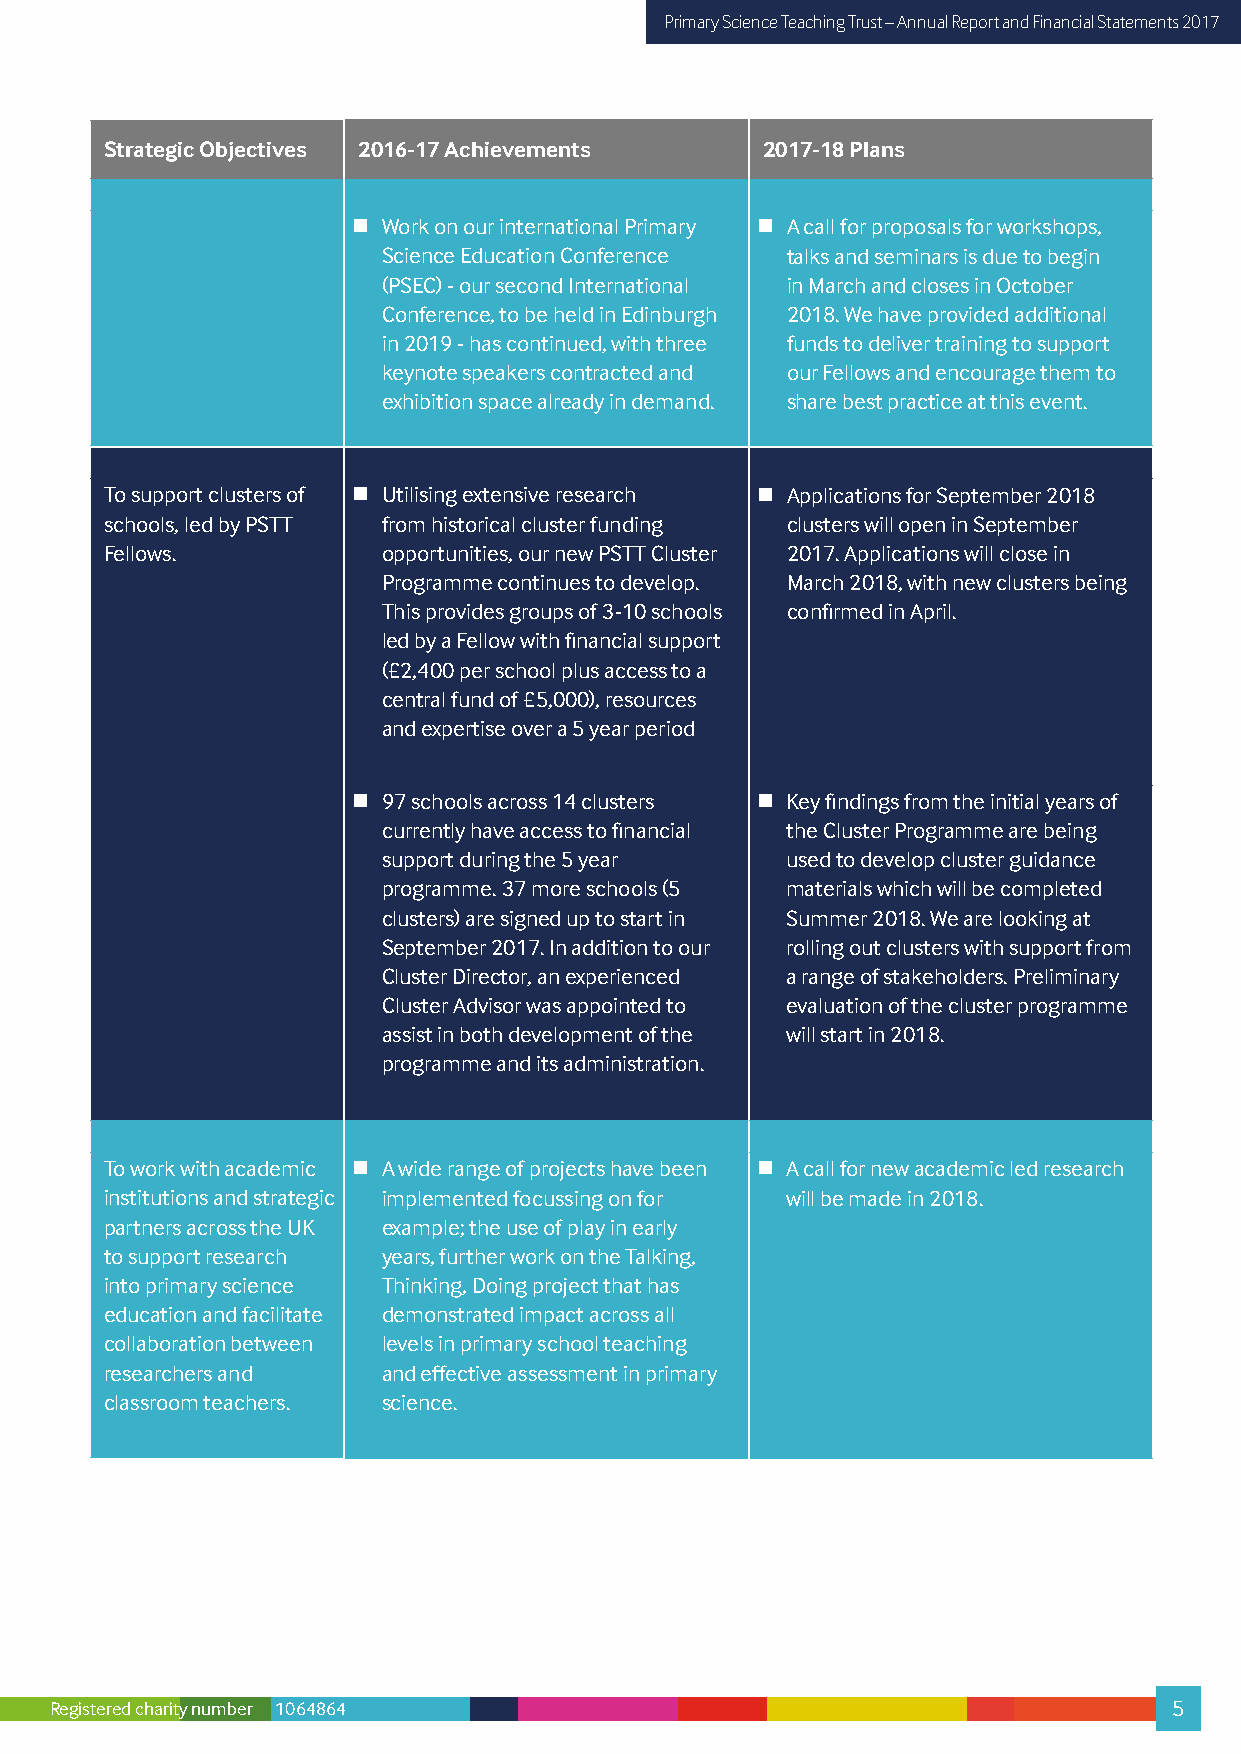
Primary Science Teaching Trust – Annual Report and Financial Statements 2017
 Strategic Objectives 2016-17 Achievements  2017-18 Plans
  Work on our international Primary  A call for proposals for workshops,
 Science Education Conference talks and seminars is due to begin
 (PSEC) - our second International in March and closes in October
 Conference, to be held in Edinburgh 2018. We have provided additional
 in 2019 - has continued, with three funds to deliver training to support
 keynote speakers contracted and our Fellows and encourage them to
 exhibition space already in demand. share best practice at this event.
 To support clusters of  Utilising extensive research  Applications for September 2018
 schools, led by PSTT from historical cluster funding clusters will open in September
 Fellows.          opportunities, our new PSTT Cluster 2017. Applications will close in
 Programme continues to develop. March 2018, with new clusters being
 This provides groups of 3-10 schools confirmed in April.
 led by a Fellow with financial support
 (£2,400 per school plus access to a
 central fund of £5,000), resources
 and expertise over a 5 year period
  97 schools across 14 clusters  Key findings from the initial years of
 currently have access to financial the Cluster Programme are being
 support during the 5 year  used to develop cluster guidance
 programme. 37 more schools (5 materials which will be completed
 clusters) are signed up to start in Summer 2018. We are looking at
 September 2017. In addition to our rolling out clusters with support from
 Cluster Director, an experienced a range of stakeholders. Preliminary
 Cluster Advisor was appointed to evaluation of the cluster programme
 assist in both development of the will start in 2018.
 programme and its administration.
 To work with academic  A wide range of projects have been  A call for new academic led research
 institutions and strategic implemented focussing on for will be made in 2018.
 partners across the UK example; the use of play in early
 to support research years, further work on the Talking,
 into primary science Thinking, Doing project that has
 education and facilitate demonstrated impact across all
 collaboration between levels in primary school teaching
 researchers and   and effective assessment in primary
 classroom teachers. science.
 Registered charity number 1064864                                          5